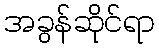
အခွန်ဆိုင်ရာ